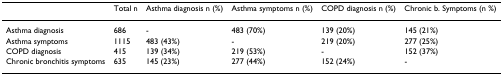
|  | Total n | Asthma diagnosis n (%) | Asthma symptoms n (%) | COPD diagnosis n (%) | Chronic b. Symptoms (n %) |
 | --- | --- | --- | --- | --- | --- |
 | Asthma diagnosis | 686 | - | 483 (70%) | 139 (20%) | 145 (21%) |
 | Asthma symptoms | 1115 | 483 (43%) | - | 219 (20%) | 277 (25%) |
 | COPD diagnosis | 415 | 139 (34%) | 219 (53%) | - | 152 (37%) |
 | Chronic bronchitis symptoms | 635 | 145 (23%) | 277 (44%) | 152 (24%) | - |